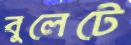
বুলেটে